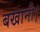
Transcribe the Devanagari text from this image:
बखानी।